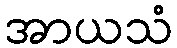
အာယသံ